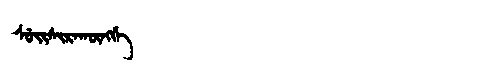
Manchu: ᠰᡠᡳᠰᡳᡵᠠᡴᡡᠩᡤᡝ
Romanization: SUISIRAKŪNGGE